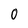
Character: 0